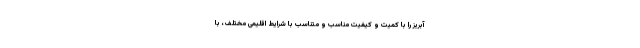
آبریز را با کمیت و کیفیت مناسب و متناسب با شرایط اقلیمی مختلف، با